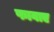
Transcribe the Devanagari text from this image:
फावाए